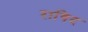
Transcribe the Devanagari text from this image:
राषिद